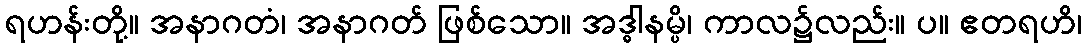
ရဟန်းတို့။ အနာဂတံ၊ အနာဂတ် ဖြစ်သော။ အဒ္ဓါနမ္ပိ၊ ကာလ၌လည်း။ ပ။ ဧတရဟိ၊